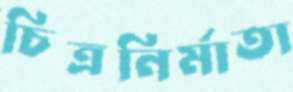
চিত্রনির্মাতা